Annual returns of the Patna Lunatic Asylum at Bankipore in Bihar and Orissa - 1912-1924
Year: 1912
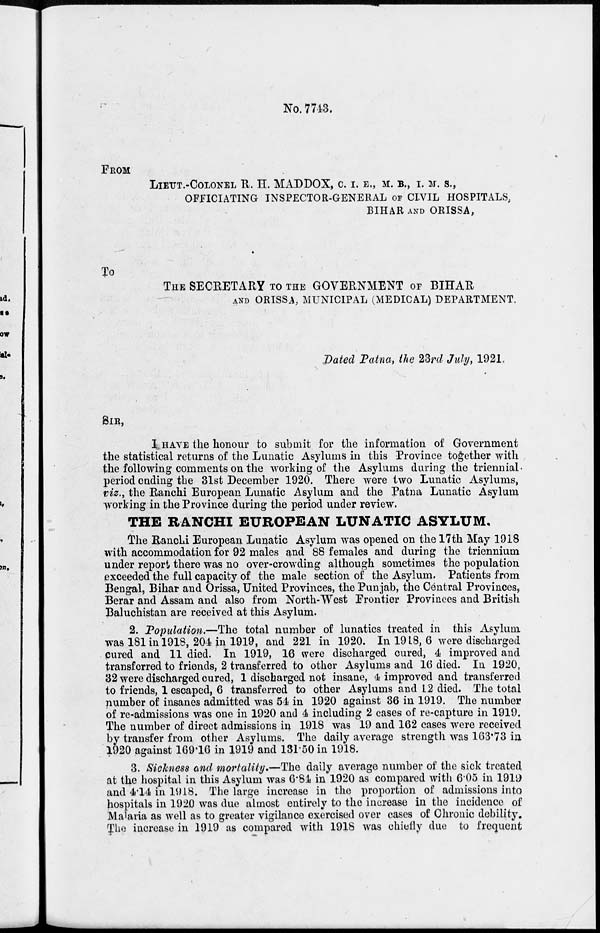
No. 7743.
FROM
LIEUT.-COLONEL R. H. MADDOX, C. I. E., M. B., I. M. S.,
OFFICIATING INSPECTOR-GENERAL OF CIVIL HOSPITALS,
BIHAR AND ORISSA,
TO
THE SECRETARY TO THE GOVERNMENT OF BIHAR
AND ORISSA, MUNICIPAL (MEDICAL) DEPARTMENT.
Dated Patna, the 23rd July, 1921.
I HAVE the honour to submit for the information of Government
the statistical returns of the Lunatic Asylums in this Province together with
the following comments on the working of the Asylums during the triennial
period ending the 31st December 1920. There were two Lunatic Asylums,
viz., the Ranchi European Lunatic Asylum and the Patna Lunatic Asylum
working in the Province during the period under review.
THE RANCHI EUROPEAN LUNATIC ASYLUM.
The Ranchi European Lunatic Asylum was opened on the 17th May 1918
with accommodation for 92 males and 88 females and during the triennium
under report there was no over-crowding although sometimes the population
exceeded the full capacity of the male section of the Asylum. Patients from
Bengal, Bihar and Orissa, United Provinces, the Punjab, the Central Provinces,
Berar and Assam and also from North-West Frontier Provinces and British
Baluchistan are received at this Asylum.
2. Population.—The total number of lunatics treated in this Asylum
was 181 in 1918, 204 in 1919, and 221 in 1920. In 1918, 6 were discharged
cured and 11 died. In 1919, 16 were discharged cured, 4 improved and
transferred to friends, 2 transferred to other Asylums and 16 died. In 1920,
32 were discharged cured, 1 discharged not insane, 4 improved and transferred
to friends, 1 escaped, 6 transferred to other Asylums and 12 died. The total
number of insanes admitted was 54 in 1920 against 86 in 1919. The number
of re-admissions was one in 1920 and 4 including 2 cases of re-capture in 1919.
The number of direct admissions in 1918 was 19 and 162 cases were received
by transfer from other Asylums. The daily average strength was 163.73 in
1920 against 169.16 in 1919 and 131.50 in 1918.
3. Sickness and mortality.—The daily average number of the sick treated
at the hospital in this Asylum was 6.84 in 1920 as compared with 6.05 in 1919
and 4.14 in 1918. The large increase in the proportion of admissions into
hospitals in 1920 was due almost entirely to the increase in the incidence of
Malaria as well as to greater vigilance exercised over cases of Chronic debility.
The increase in 1919 as compared with 1918 was chiefly due to frequent